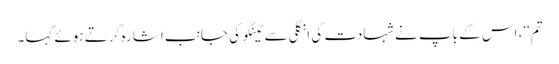
تم‘‘، اس کے باپ نے شہادت کی انگلی سے ٹینگو کی جانب اشارہ کرتے ہوئے کہا۔